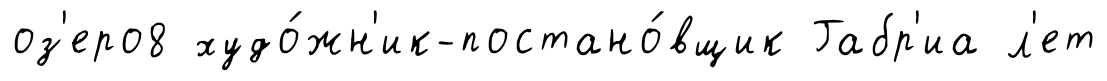
оз'еро8 худо́жн'ик-постано́вщик Габр'иа л'ет